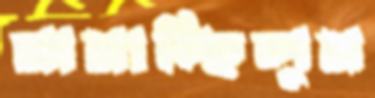
নামাচ্ছিলুম